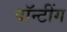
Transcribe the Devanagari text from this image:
पॉन्टींग